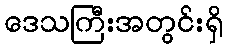
ဒေသကြီးအတွင်းရှိ